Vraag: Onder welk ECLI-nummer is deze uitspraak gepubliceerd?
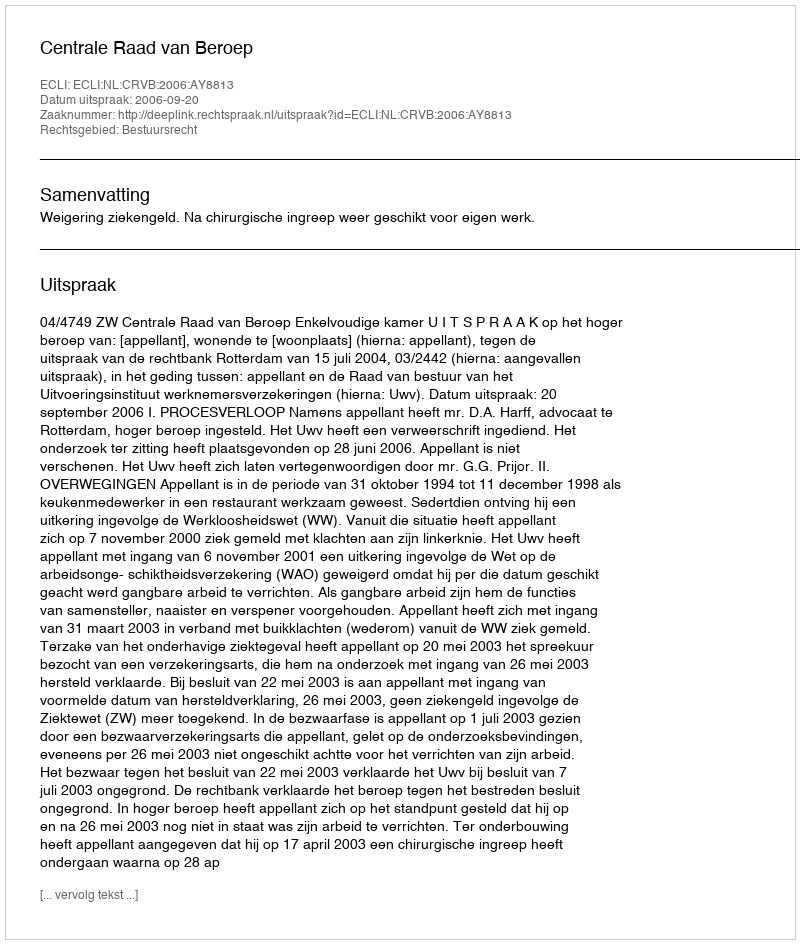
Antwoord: ECLI:NL:CRVB:2006:AY8813